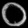
Digit: ၀